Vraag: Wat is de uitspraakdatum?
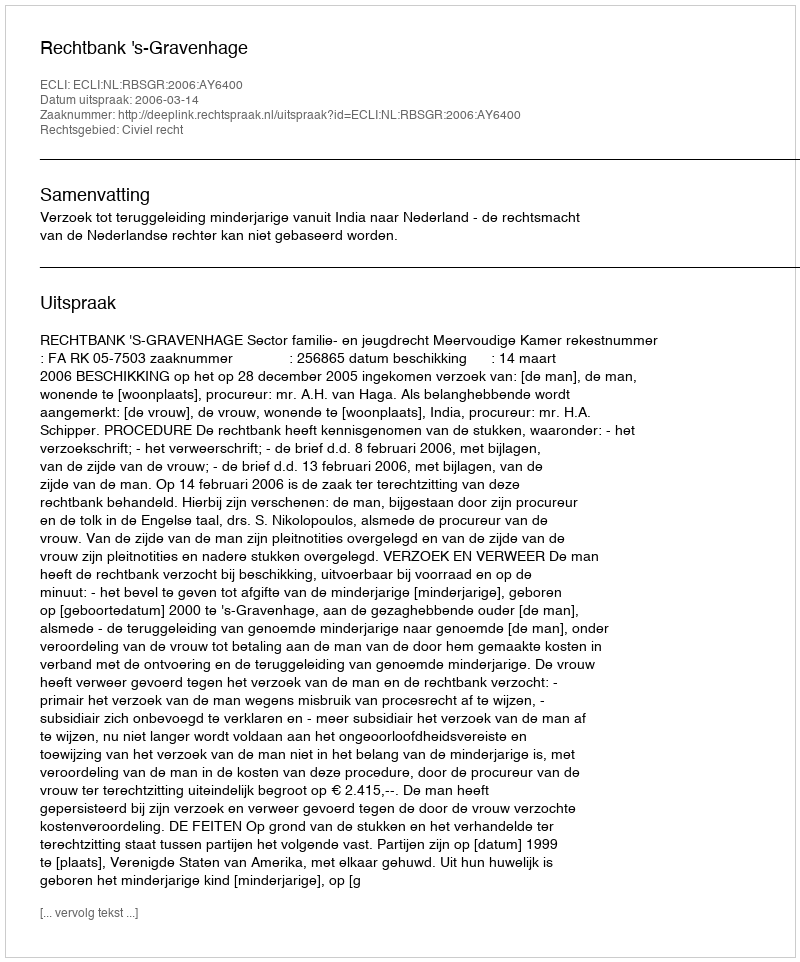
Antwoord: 2006-03-14